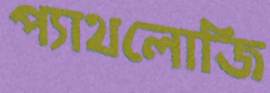
প্যাথলোজি